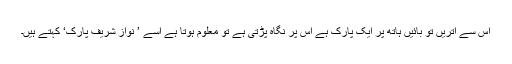
اس سے اتریں تو بائیں ہاتھ پر ایک پارک ہے اس پر نگاہ پڑتی ہے تو معلوم ہوتا ہے اسے ’ نواز شریف پارک‘ کہتے ہیں۔